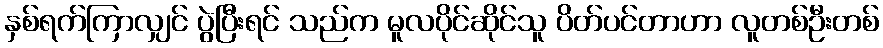
နှစ်ရက်ကြာလျှင် ပွဲပြီးရင် သည်က မူလပိုင်ဆိုင်သူ ပိတ်ပင်တာဟာ လူတစ်ဦးတစ်